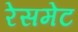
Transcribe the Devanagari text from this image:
रेसमेट